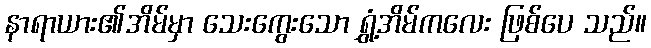
နာရာယား၏အိမ်မှာ သေးကွေးသော ရွှံ့အိမ်ကလေး ဖြစ်ပေ သည်။